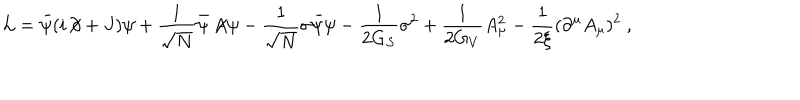
{ \cal L } = \bar { \psi } ( i \! \not { \! \partial } + J ) \psi + \frac { 1 } { \sqrt { N } } \bar { \psi } \not { \! \! A } \psi - \frac { 1 } { \sqrt { N } } \sigma \bar { \psi } \psi - \frac { 1 } { 2 G _ { S } } \sigma ^ { 2 } + \frac { 1 } { 2 G _ { V } } A _ { \mu } ^ { 2 } - \frac { 1 } { 2 \xi } ( \partial ^ { \mu } A _ { \mu } ) ^ { 2 } \ ,